Civil Veterinary Dept. North-West Frontier Province 1923-32 - 1923-1932
Year: 1923
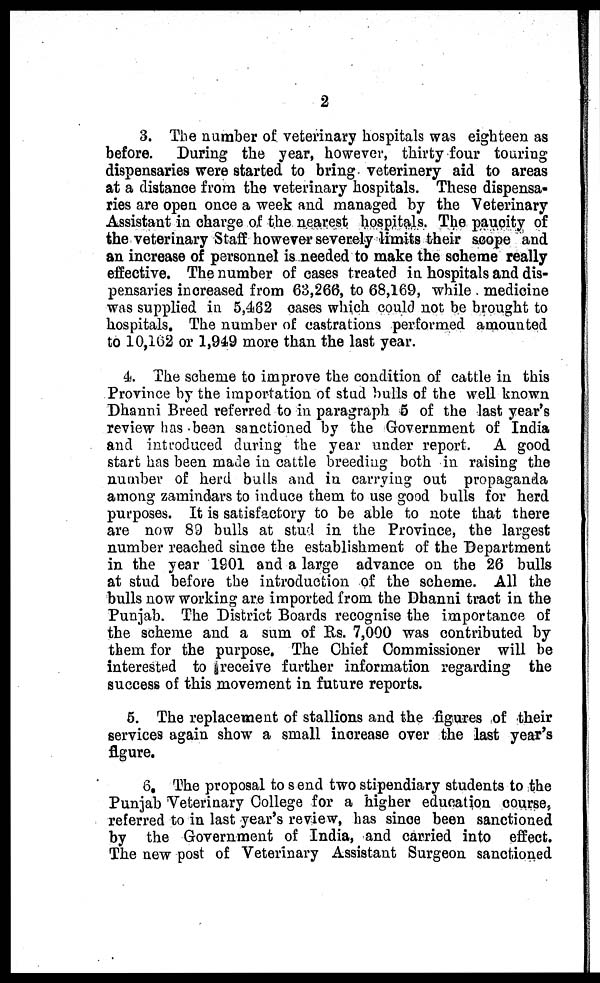
2
3. The number of veterinary hospitals was eighteen as
before. During the year, however, thirty four touring
dispensaries were started to bring veterinery aid to areas
at a distance from the veterinary hospitals. These dispensa-
ries are open once a week and managed by the Veterinary
Assistant in charge of the nearest hospitals. The paucity of
the veterinary Staff however severely limits their scope and
an increase of personnel is needed to make the scheme really
effective. The number of cases treated in hospitals and dis-
pensaries increased from 63,266, to 68,169, while medicine
was supplied in 5,462 cases which could not be brought to
hospitals. The number of castrations performed amounted
to 10,162 or 1,949 more than the last year.
4. The scheme to improve the condition of cattle in this
Province by the importation of stud bulls of the well known
Dhanni Breed referred to in paragraph 5 of the last year's
review has been sanctioned by the Government of India
and introduced during the year under report. A good
start has been made in cattle breeding both in raising the
number of herd bulls and in carrying out propaganda
among zamindars to induce them to use good bulls for herd
purposes. It is satisfactory to be able to note that there
are now 89 bulls at stud in the Province, the largest
number reached since the establishment of the Department
in the year 1901 and a large advance on the 26 bulls
at stud before the introduction of the scheme. All the
bulls now working are imported from the Dhanni tract in the
Punjab. The District Boards recognise the importance of
the scheme and a sum of Rs. 7,000 was contributed by
them for the purpose. The Chief Commissioner will be
interested to receive further information regarding the
success of this movement in future reports.
5. The replacement of stallions and the figures of their
services again show a small increase over the last year's
figure.
6. The proposal to s end two stipendiary students to the
Punjab Veterinary College for a higher education course,
referred to in last year's review, has since been sanctioned
by the Government of India, and carried into effect.
The new post of Veterinary Assistant Surgeon sanctioned